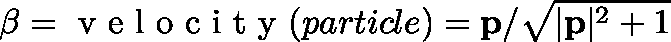
\mathbf { \beta } = \mathrm { ~ v ~ e ~ l ~ o ~ c ~ i ~ t ~ y ~ } ( p a r t i c l e ) = \mathbf { p } / \sqrt { | \mathbf { p } | ^ { 2 } + 1 }